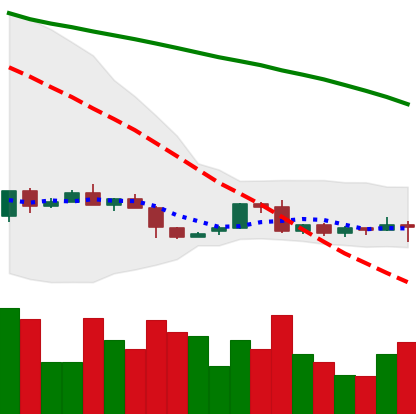
Ticker: LTC-USD
Chart end date: 2022-06-07
Forward return: -24.531%
Label: down_7plus